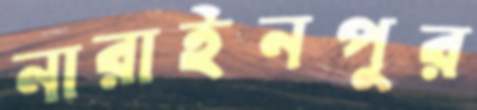
নারাইনপুর